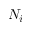
N _ { i }